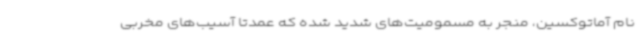
نام آماتوکسین، منجر به مسمومیت‌های شدید شده که عمدتاً آسیب‌های مخربی